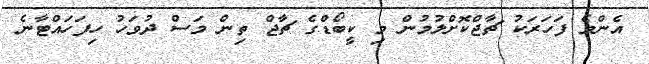
އެންމެ ފަހަރަކު ޗާޖްކޮށްލުމުން މި ކީބޯޑްގެ ޗާޖް ތިން މަސް ދުވަހު ހިފަހައްޓާނެ